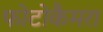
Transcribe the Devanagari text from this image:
फोटोकैमरा